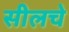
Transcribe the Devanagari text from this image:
सीलचे